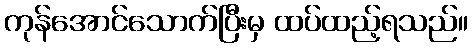
ကုန်အောင်သောက်ပြီးမှ ထပ်ထည့်ရသည်။